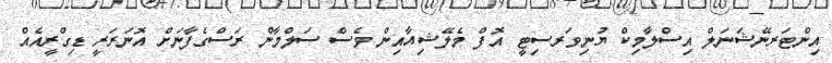
އިންޓަރނޭޝަނަލް އިސްލާމިކް ޔުނިވަރސިޓީ އޮފް މެލޭޝިއާއިން ވެސް ސަލްމާން ރަސްގެފާނަށް އޮނަރަރީ ޑިގްރީއެއް